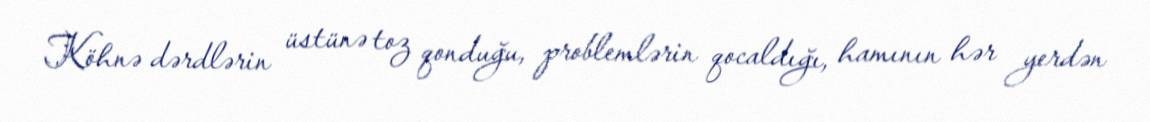
Köhnə dərdlərin üstünə toz qonduğu, problemlərin qocaldığı, hamının hər yerdən